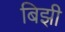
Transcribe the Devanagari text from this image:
बिझी